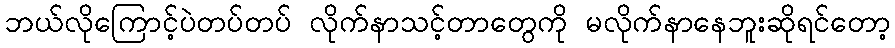
ဘယ်လိုကြောင့်ပဲတပ်တပ် လိုက်နာသင့်တာတွေကို မလိုက်နာနေဘူးဆိုရင်တော့